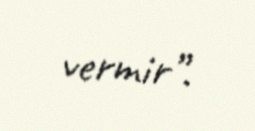
vermir”.